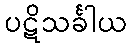
ပဋိသင်္ခါယ